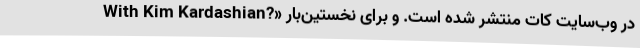
With Kim Kardashian?» در وب‌سایت کات منتشر شده است. و برای نخستین‌بار